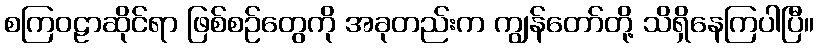
စကြဝဠာဆိုင်ရာ ဖြစ်စဉ်တွေကို အခုတည်းက ကျွန်တော်တို့ သိရှိနေကြပါပြီ။